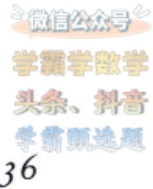
微信公众号

学霸学数学

头条、抖音

学霸甄选

36